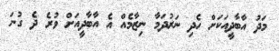
މަދު އާބާދީއަކަށް ހެދި ނަރުދަމާ ނިޒާމެއް އެ އާބާދީއަށް ވުރެ ދެ ގުނަ